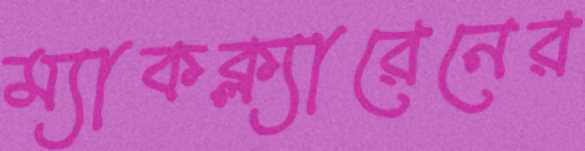
ম্যাকক্ল্যারেনের